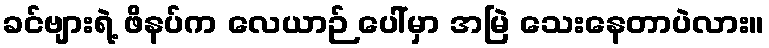
ခင်ဗျားရဲ့ ဖိနပ်က လေယာဉ် ပေါ်မှာ အမြဲ သေးနေတာပဲလား။